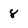
Character: 8